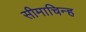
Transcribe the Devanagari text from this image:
सीमाचिन्‍ह